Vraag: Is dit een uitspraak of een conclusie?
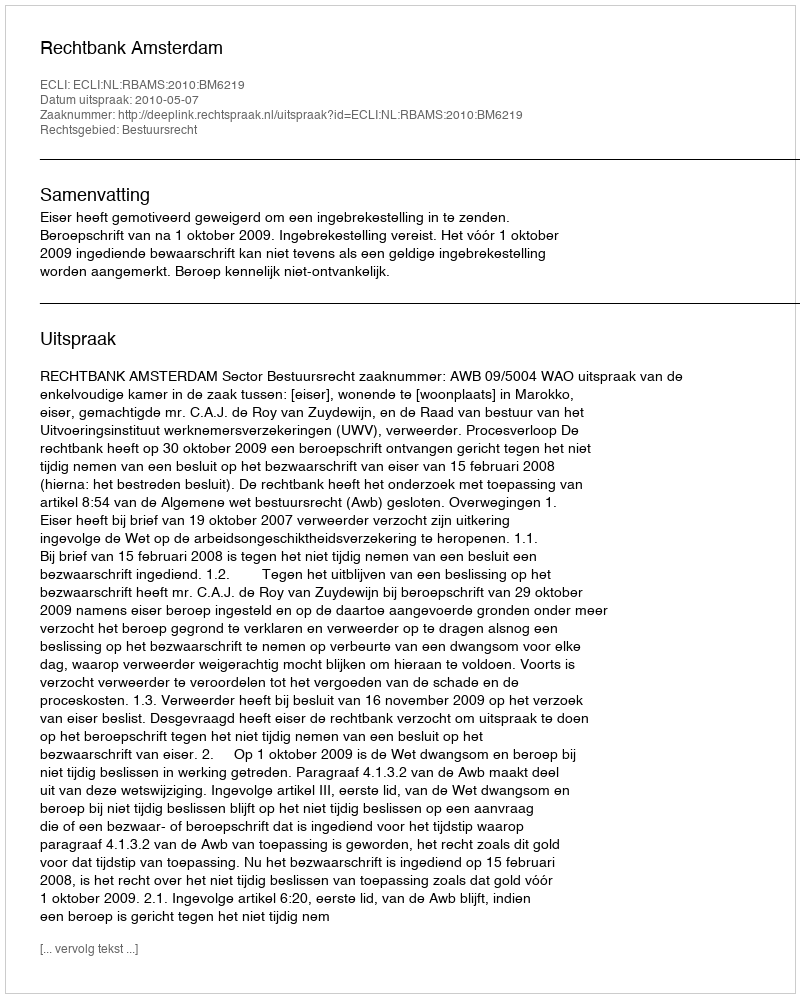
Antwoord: Uitspraak